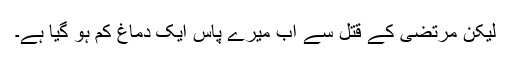
لیکن مرتضٰی کے قتل سے اب میرے پاس ایک دماغ کم ہو گیا ہے۔